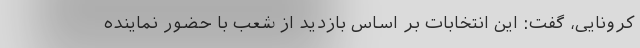
کرونایی، گفت: این انتخابات بر اساس بازدید از شعب با حضور نماینده